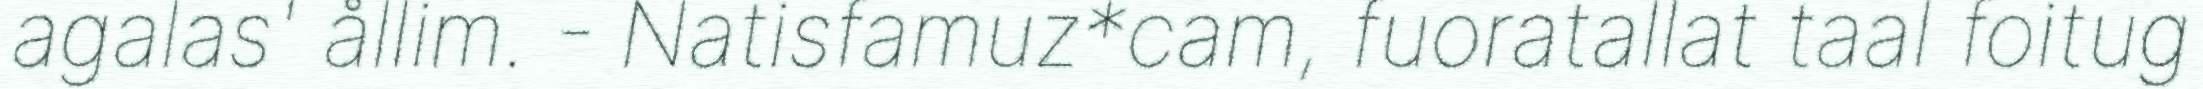
agalas' ållim. - Natisfamuz*cam, fuoratallat taal foitug